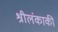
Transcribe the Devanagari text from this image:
श्रीलंकाकी